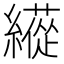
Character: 𦆬